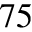
^ { 7 5 }